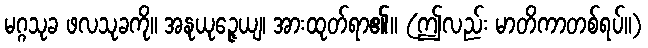
မဂ္ဂသုခ ဖလသုခကို။ အနုယုဉ္ဇေယျ၊ အားထုတ်ရာ၏။ (ဤလည်း မာတိကာတစ်ရပ်။)